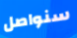
سنواصل